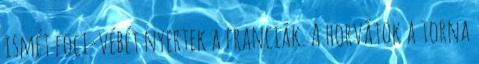
ismét foci-vébét nyertek a franciák. A horvátok a torna